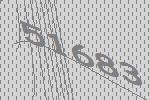
51683